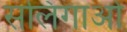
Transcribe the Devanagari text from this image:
सलिगाओ